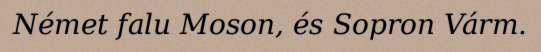
Német falu Moson, és Sopron Várm.